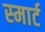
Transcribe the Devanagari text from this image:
स्‍मार्ट